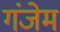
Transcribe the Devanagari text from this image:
गंजेम